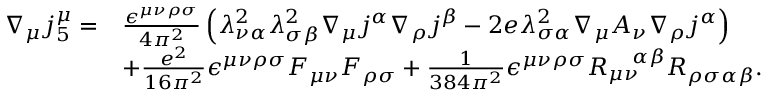
\begin{array} { r l } { \nabla _ { \mu } j _ { 5 } ^ { \mu } = } & { \frac { \epsilon ^ { \mu \nu \rho \sigma } } { 4 \pi ^ { 2 } } \left( \lambda _ { \nu \alpha } ^ { 2 } \lambda _ { \sigma \beta } ^ { 2 } \nabla _ { \mu } j ^ { \alpha } \nabla _ { \rho } j ^ { \beta } - 2 e \lambda _ { \sigma \alpha } ^ { 2 } \nabla _ { \mu } A _ { \nu } \nabla _ { \rho } j ^ { \alpha } \right) } \\ & { + \frac { e ^ { 2 } } { 1 6 \pi ^ { 2 } } \epsilon ^ { \mu \nu \rho \sigma } F _ { \mu \nu } F _ { \rho \sigma } + \frac { 1 } { 3 8 4 \pi ^ { 2 } } \epsilon ^ { \mu \nu \rho \sigma } R _ { \mu \nu } ^ { \ \ \ \alpha \beta } R _ { \rho \sigma \alpha \beta } . } \end{array}